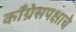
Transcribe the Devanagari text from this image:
काँग्रेसपक्षाचे